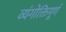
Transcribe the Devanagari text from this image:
व्यंगोक्तिपूर्ण